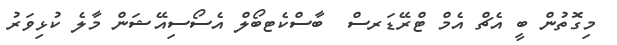
މިގޮތުން ބީ އެޗް އެމް ޓްރޭޑަރސް  ބާސްކެޓބޯލް އެސޯސިއޭޝަން މާލެ ކުޅިވަރު